Source: Handwritten
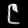
Digit: ၉ (9)